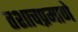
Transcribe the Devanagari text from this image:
तशाचप्रमाणे